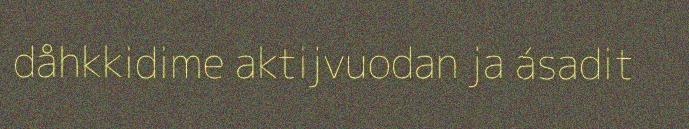
dåhkkidime aktijvuodan ja ásadit